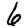
Digit: 6